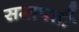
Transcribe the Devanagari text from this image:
समापत्ती